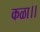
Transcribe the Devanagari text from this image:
कळा।।